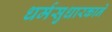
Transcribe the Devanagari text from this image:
धर्मसुधारकाने